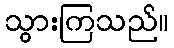
သွားကြသည်။